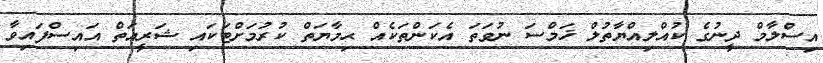
އިސްލާމް ދީނުގެ ކުއްލިއްޔާތުލް ޚަމްސަ ނުވަތަ އެކަންތަކެއް ޙިމާޔަތް ކުރުމަށްޓަކައި ޝަރީޢަތް އައިސްފައިވާ